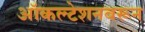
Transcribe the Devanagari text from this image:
ऑकल्टेशनवरून